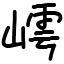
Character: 嶀